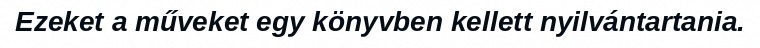
Ezeket a műveket egy könyvben kellett nyilvántartania.